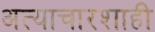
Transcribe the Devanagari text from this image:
अत्याचारशाही